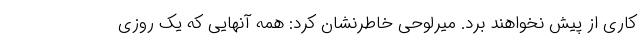
کاری از پیش نخواهند برد. میرلوحی خاطرنشان کرد: همه آنهایی که یک روزی